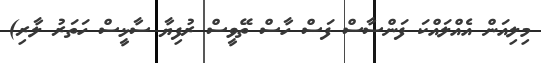
މިލިއަން އެއްލައްކަ ފަންސާސް ފަސް ހާސް ތޭވީސް ރުފިޔާ ސާޅީސް ހަތަރު ލާރި)